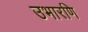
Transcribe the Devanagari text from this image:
उभारणि